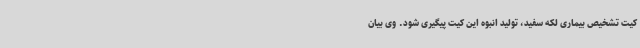
کیت تشخیص بیماری لکه سفید، تولید انبوه این کیت پیگیری شود. وی بیان